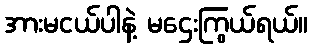
အားမငယ်ပါနဲ့ မဌေးကြွယ်ရယ်။